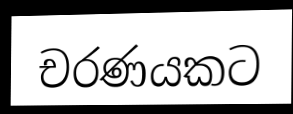
චරණයකට